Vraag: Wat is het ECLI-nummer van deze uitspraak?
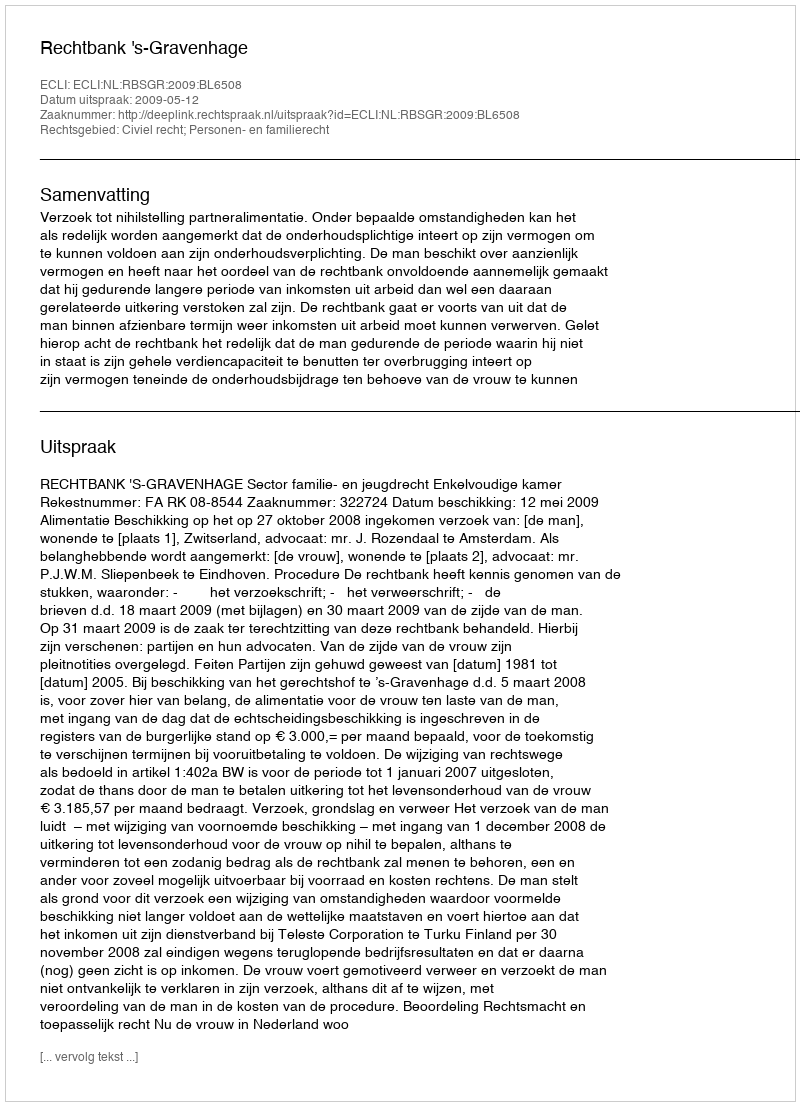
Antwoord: ECLI:NL:RBSGR:2009:BL6508